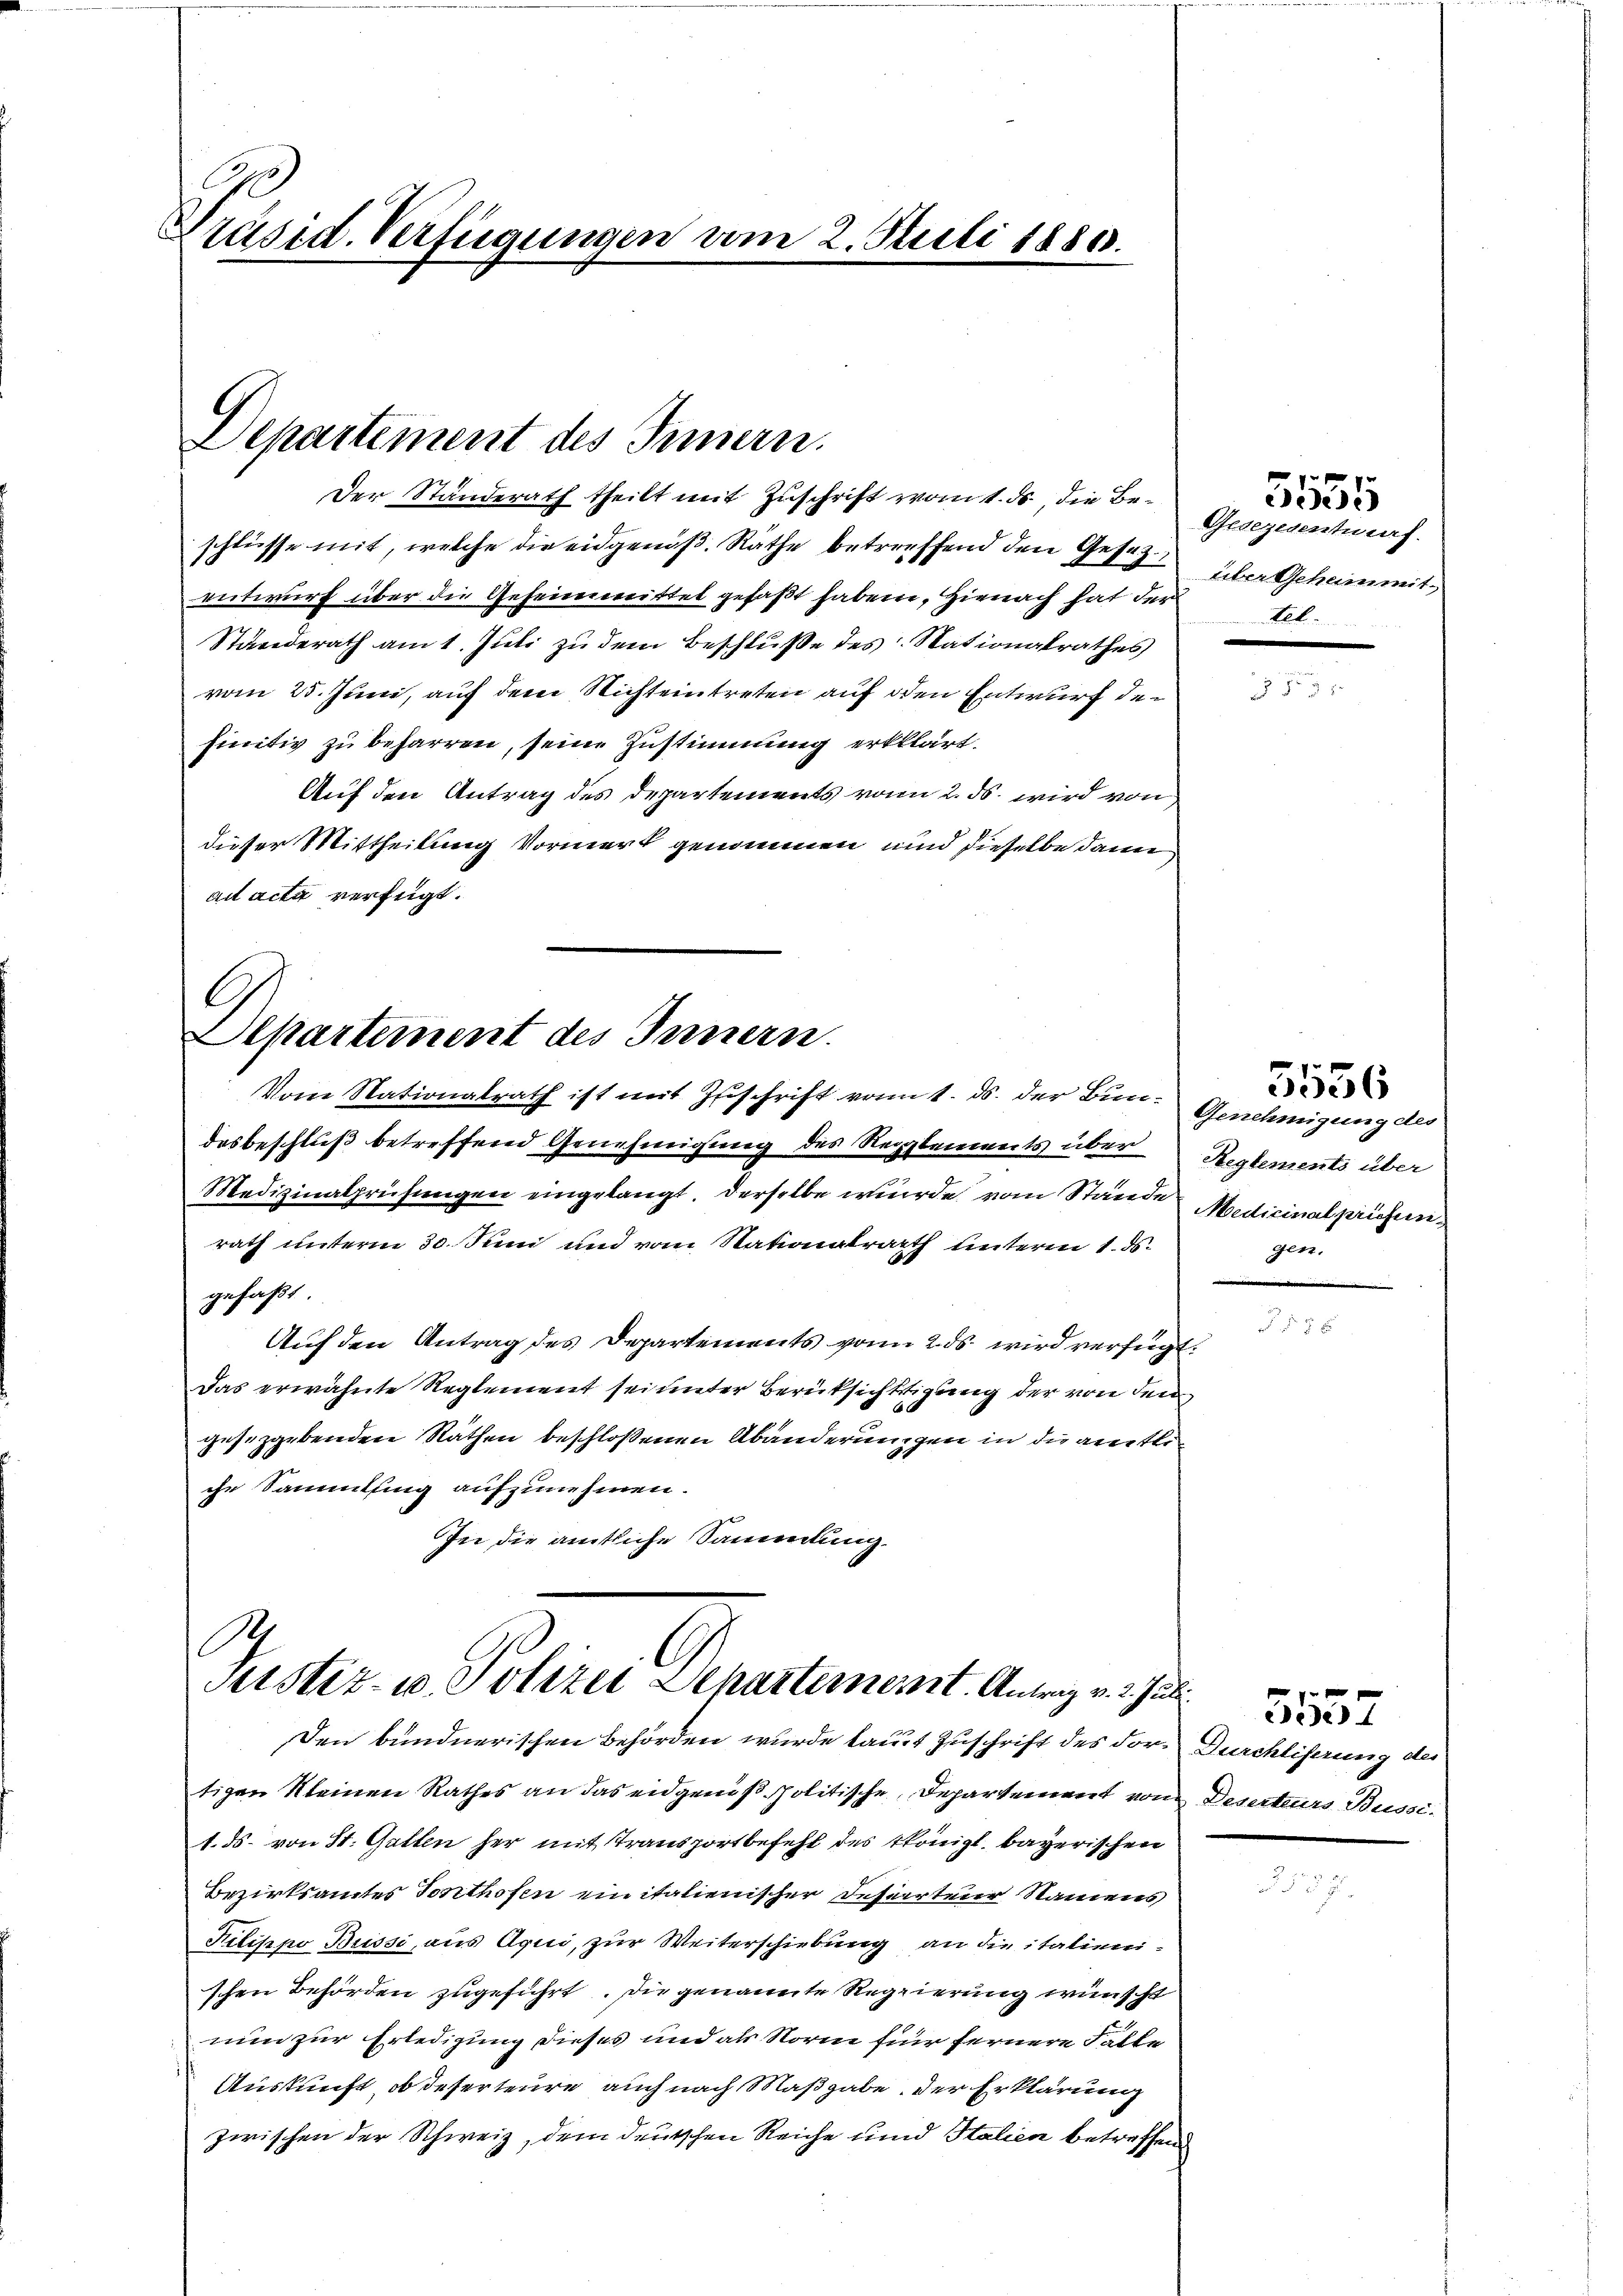
A
Präsid. Verfügungen am 2. Juli 1880.

Departement des Innern.

Der Ständerath theilt mit Zuschrift vom 1. ds, die Beschlüsse mit, welche die eidgenöß. Räthe betreffend den Gesezentwurf über die Geheimmittel gefaßt haben, Hienach hat dersel
Standerath am 1. Juli zu dem Beschluße des Nationalrathes
vom 25. Juni, auf dem Richteintreten auf den Entwurf den
finitiv zu beharren, seine Zustimmung erklärt.
Auf den Antrag des Departements von 2. ds. wird von
dieser Mittheilung Vormerk genommen, und dieselbe dann
ad acta verfügt.

G
Separtement des Innern.
Vom Nationalrath ist mit Zuschrift vom 1. ds. der Bun- Genehmigung des

desbeschluß betreffend Genehmigung des Reglements über
Medizinalprüfungen eingelangt. Derselbe wurde vom Stände Medicinalprieserrath unterm 30. Juni und vom Nationalrath unterm 1. ds.
gefaßt.
Auf den Antrag des Departements von 2. ds. wird verfügt:
Das erwähnte Reglement sei unter Berüksichtigung der von den
gesetzgebenden Räthen beschloßenen Abänderungen in die amtliche Sammlung aufzunehmen.
In die amtliche Sammlung.

Justiz- u. Polizei Departement. Antrag v. J. a
Den bundnerischen Behörden wurde laut Zuschrift des vor. Durchliferung der

tigen Kleinen Rathes an das eidgenöß politische, Departement von Deserteurs Busse¬
1. ds. von St. Gatten her mit Transportbefehl des Königl. bayerischen
Bezirksamtes Sonthofen ein italienischer Deserteur Namens
Filippo Büssi, aus Aqui, zur Weiterschiebung an die italienischen Behörden zugeführt. Die genannte Regierung wünscht
nun zur Erledigung dieses und als Norm für fernere Falle
Auskunft, ob deserteure auch nach Maßgabe der Erklärung
zwischen der Schweiz, dem deutschen Reiche und Italien betreffend

Gesezesentwurf.
über Geheimit

3535

Reglements über
gen.

5556